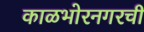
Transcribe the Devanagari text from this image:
काळभोरनगरची